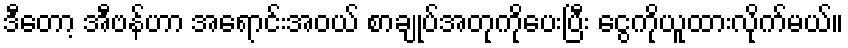
ဒီတော့ အီဗန်ဟာ အရောင်းအဝယ် စာချုပ်အတုကိုပေးပြီး ငွေကိုယူထားလိုက်မယ်။